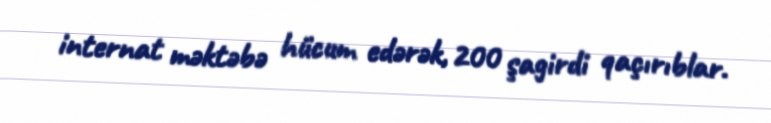
internat məktəbə hücum edərək, 200 şagirdi qaçırıblar.